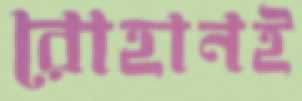
রোহানই